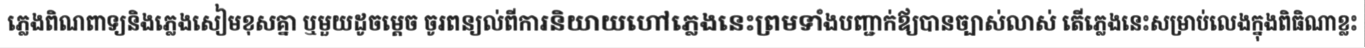
ភ្លេងពិណពាទ្យនិងភ្លេងសៀមខុសគ្នា ឬមួយដូចម្តេច ចូរពន្យល់ពីការនិយាយហៅភ្លេងនេះព្រមទាំងបញ្ជាក់ឪ្យបានច្បាស់លាស់ តើភ្លេងនេះសម្រាប់លេងក្នុងពិធិណាខ្លះ